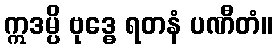
ဣဒမ္ပိ ဗုဒ္ဓေ ရတနံ ပဏီတံ။